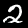
Label: 2